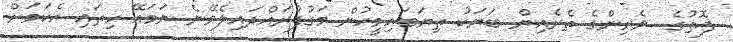
ފޮތުގެ  ވެރިންގެ ތެރެއިން ބަޔަކު ތިޔަބައިމީހުން މަގުފުރައްދައިލެވޭނެ ނަމައޭ ހިތައި އެކަމަށް